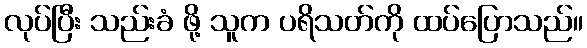
လုပ်ပြီး သည်းခံ ဖို့ သူက ပရိသတ်ကို ထပ်ပြောသည်။